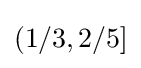
(1/3,2/5]